Scottish Certificate of Education, 1962
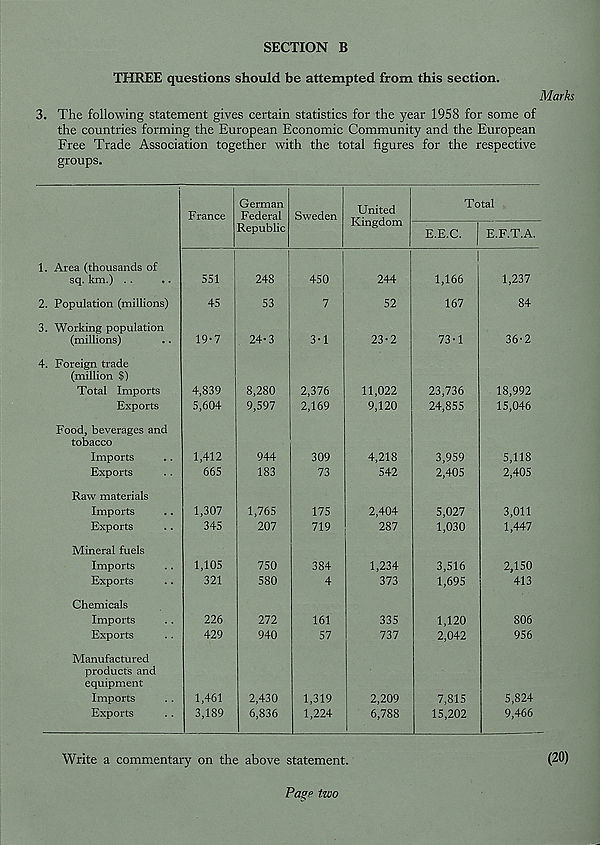
SECTION B
THREE questions should be attempted from this section.
Marks
3. The following statement gives certain statistics for the year 1958 for some of
the countries forming the European Economic Community and the European
Free Trade Association together with the total figures for the respective
groups.
1. Area (thousands of
sq. km.) . .
2. Population (millions)
3. Working population
(millions)
4. Foreign trade
(million $)
Total Imports
Exports
Food, beverages and
tobacco
Imports
Exports
Raw materials
Imports
Exports
Mineral fuels
Imports
Exports
Chemicals
Imports
Exports
Manufactured
products and
equipment
Imports
Exports
France
551
45
19-7
4,839
5,604
1,412
665
1,307
345
1,105
321
226
429
1,461
3,189
German
Federal
Republic
248
53
24-3
8,280
9,597
944
183
1,765
207
750
580
272
940
2,430
6,836
Sweden
450
7
3-1
2,376
2,169
309
73
175
719
384
4
161
57
1,319
1,224
United
Kingdom
Total
E.E.C.
E.F.T.A.
244
52
23-2
11,022
9,120
4,218
542
2,404
287
1,234
373
335
737
2,209
6,788
1,166
167
73-1
23,736
24,855
3,959
2,405
5,027
1,030
3,516
1,695
1,120
2,042
7,815
15,202
1,237
84
36-2
18,992
15,046
5,118
2,405
3,011
1,447
2,150
413
806
956
5,824
9,466
Write a commentary on the above statement.
Pagp two
(20)